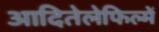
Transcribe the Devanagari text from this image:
आदितेलेफिल्में